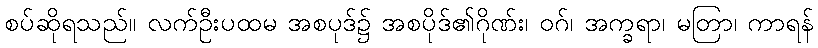
စပ်ဆိုရသည်။ လက်ဦးပထမ အစပုဒ်၌ အစပိုဒ်၏ဂိုဏ်း၊ ဝဂ်၊ အက္ခရာ၊ မတြာ၊ ကာရန်